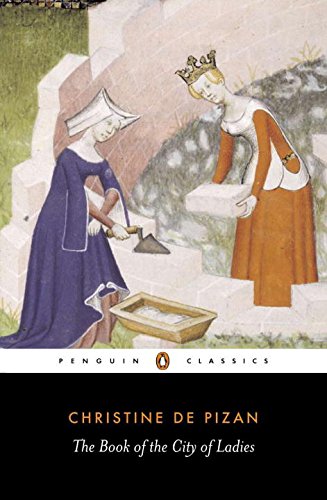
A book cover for The Book of the City of Ladies (Penguin Classics); Christine de Pizan; Literature & Fiction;